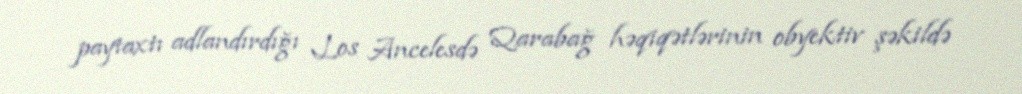
paytaxtı adlandırdığı Los Ancelesdə Qarabağ həqiqətlərinin obyektiv şəkildə